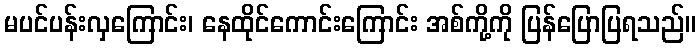
မပင်ပန်းလှကြောင်း၊ နေထိုင်ကောင်းကြောင်း အစ်ကို့ကို ပြန်ပြောပြရသည်။